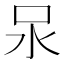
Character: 𭯶